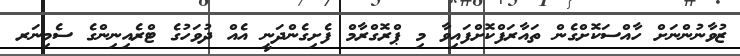
ޒުވާނުންނަށް ހާއްސަކޮށްގެން ތައާރަފްކޮށްފައިވާ މި ޕްރޮގްރާމް ފެށިގެންދަނީ އެއް ދުވަހުގެ ޓްރެއިނިންގެ ސެމިނަރ